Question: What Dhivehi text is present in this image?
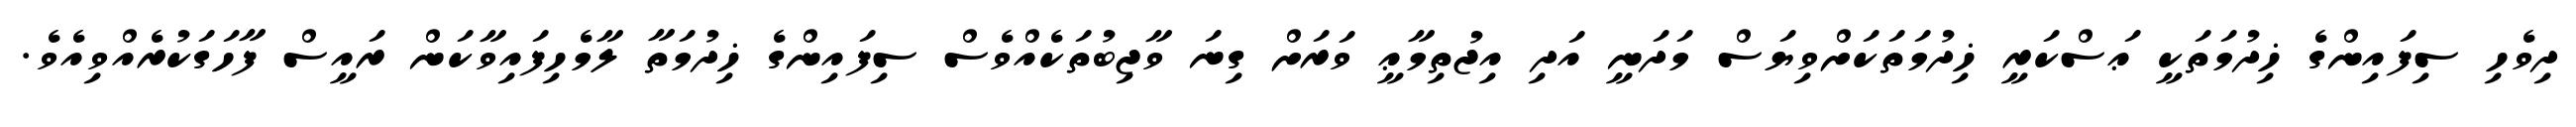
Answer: ދިވެހި ސިފައިންގެ ޚިދުމަތަކީ ޢަސްކަރީ ޚިދުމަތަކަށްވިޔަސް މަދަނީ އަދި އިޖުތިމާޢީ ވަރަށް ގިނަ ވާޖިބުތަކެއްވެސް ސިފައިންގެ ޚިދުމަތާ ލާމެހިފައިވާކަން ރައީސް ފާހަގަކުރެއްވިއެވެ.